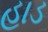
હાડ